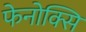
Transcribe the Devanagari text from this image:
फेनोक्सि